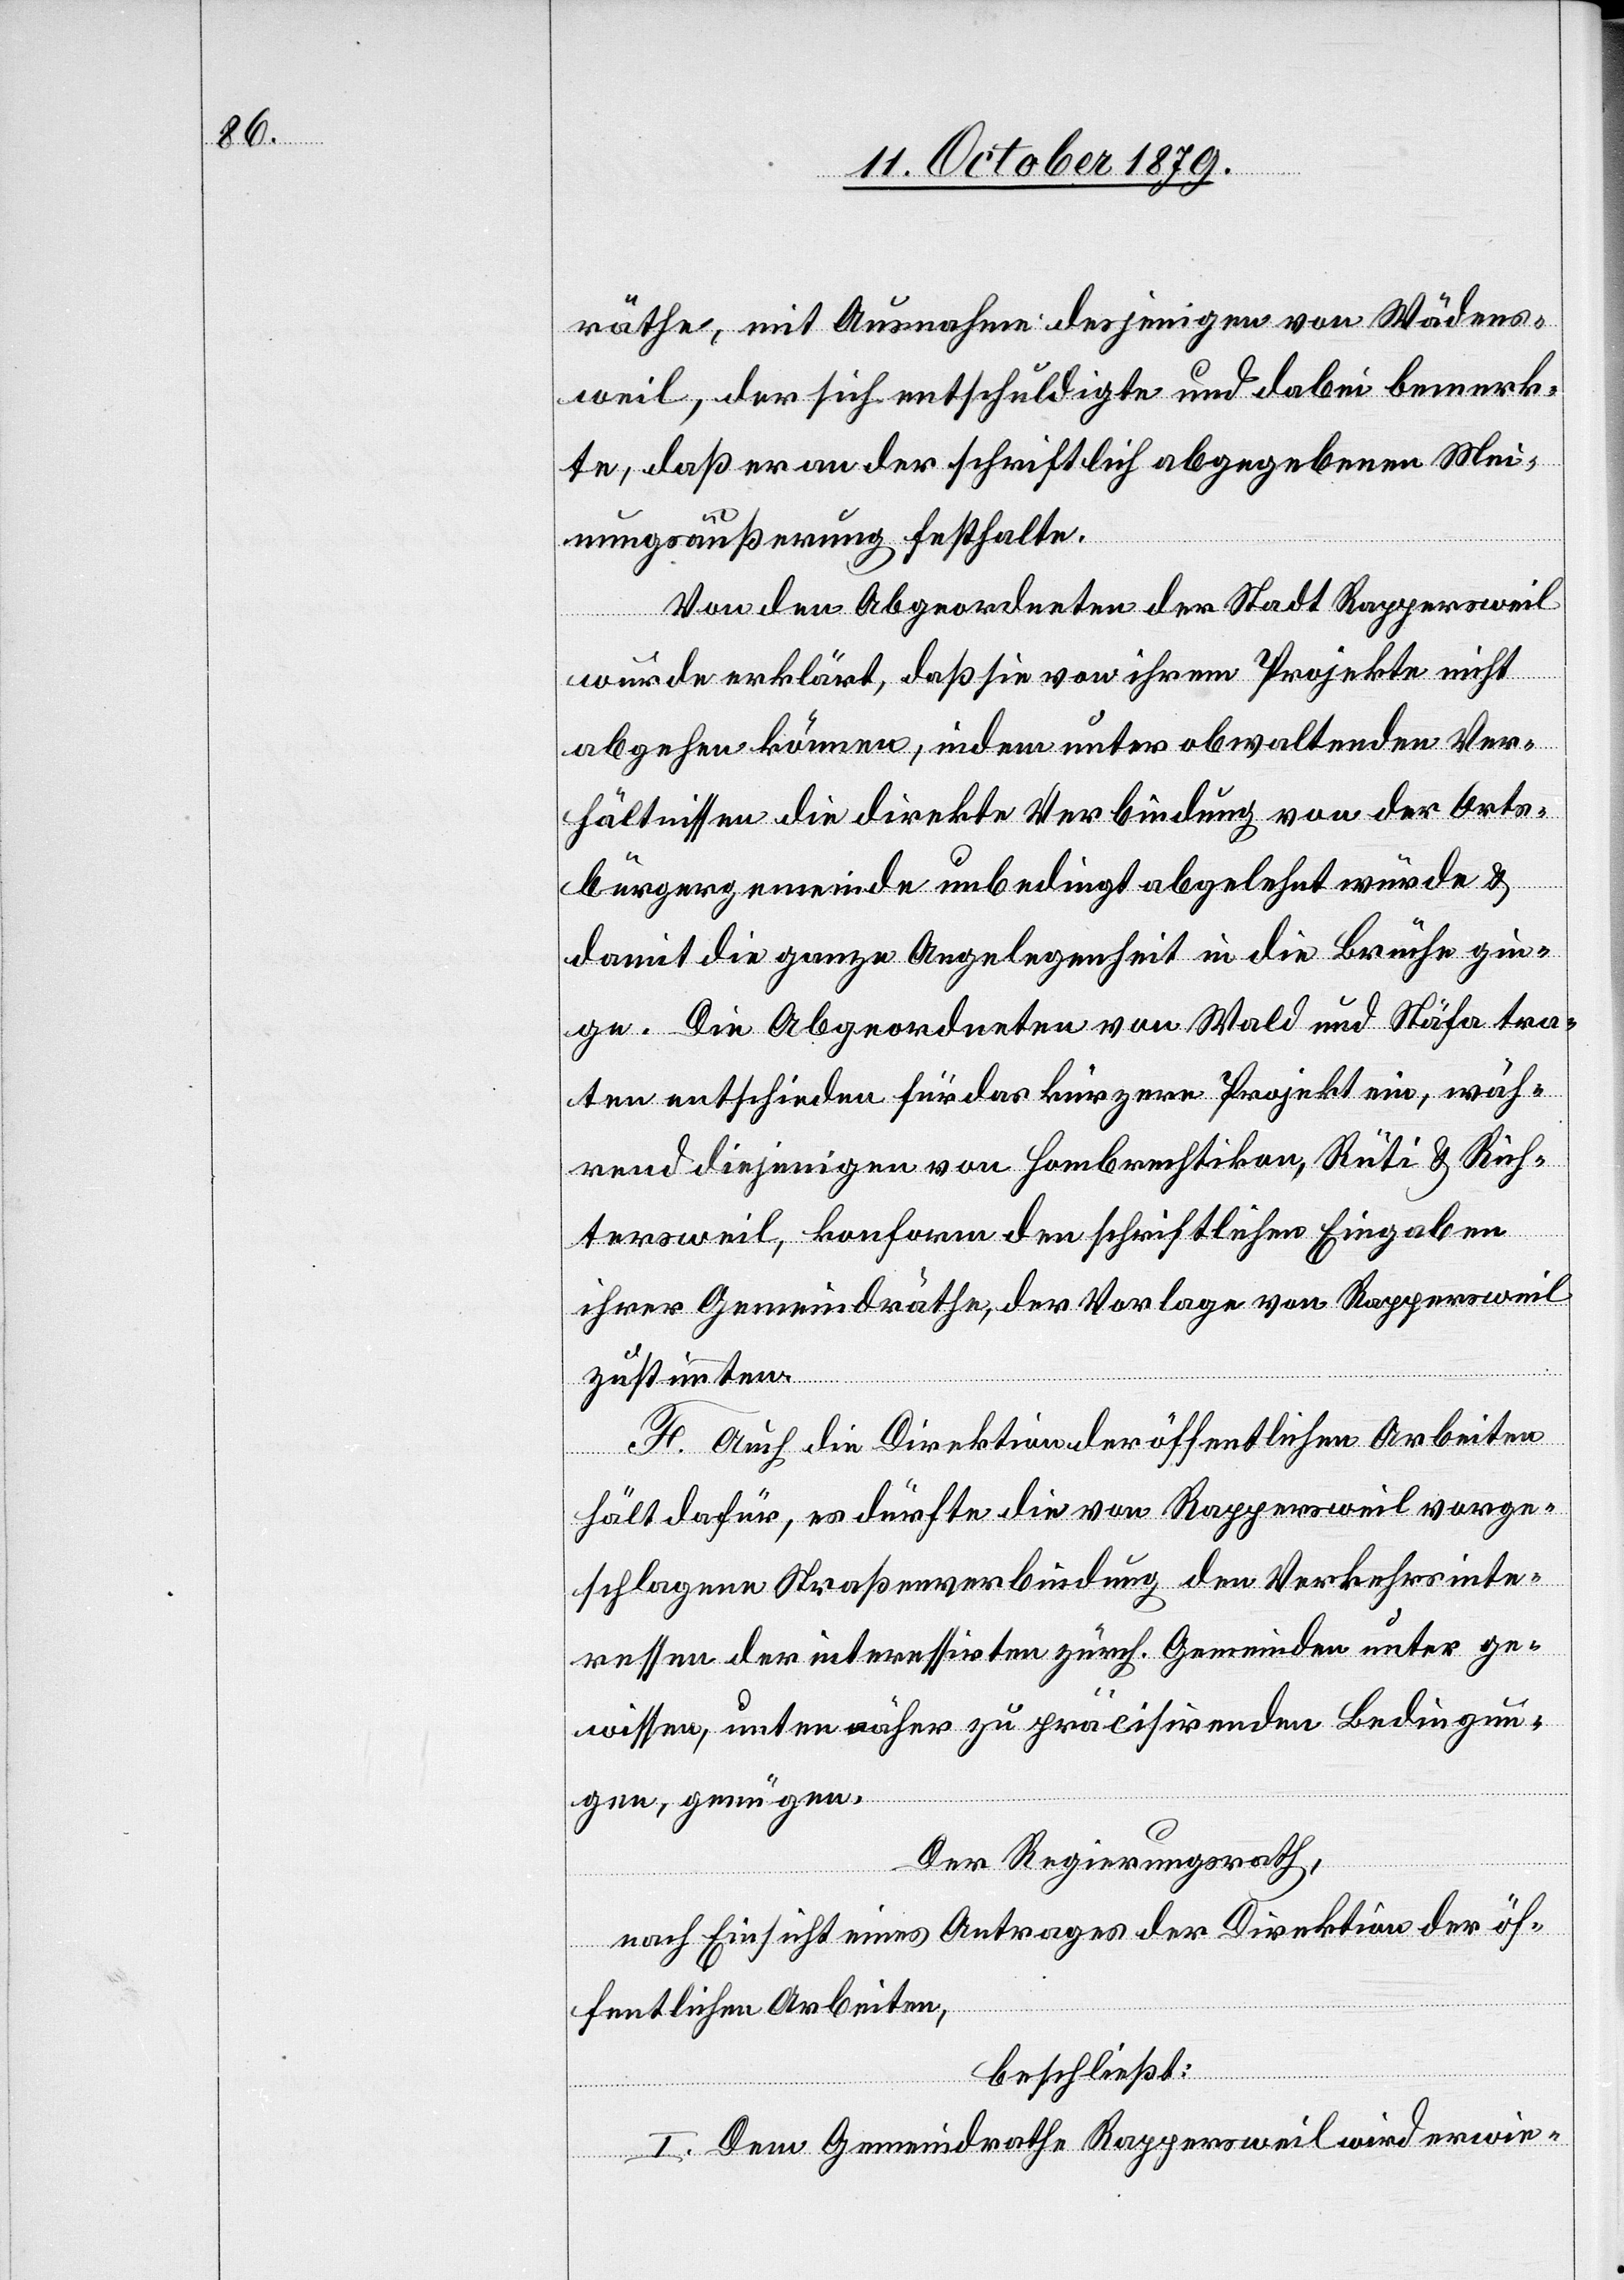
räthe, mit Ausnahmen desjenigen von Wädens¬
weil, der sich entschuldigte und dabei bemerk¬
te, daß er an der schriftlich abgegebenen Mei¬
nungsäußerung festhalte.
Von den Abgeordneten der Stadt Rappersweil
wurde erklärt, daß sie von ihrem Projekte nicht
abgehen können, indem unter obwaltenden Ver¬
hältnissen die direkte Verbindung von der Orts¬
bürgergemeinde unbedingt abgelehnt würde &
damit die ganze Angelegenheit in die Brüche gin¬
ge. Die Abgeordneten von Wald und Stäfa tra¬
ten entschieden für das kürzere Projekt ein, wäh¬
rend diejenigen von Hombrechtikon, Rüti & Rich¬
tersweil konform den schriftlichen Eingaben
ihrer Gemeindräthe, der Vorlage von Rappersweil
zustimmten.
F. Auch die Direktion der öffentlichen Arbeiten
hält dafür, es dürfte die von Rappersweil vorge¬
schlagene Straßenverbindung den Verkehrsinte¬
ressen der interessirten zürch. Gemeinden unter ge¬
wissen, unten näher zu präcisirenden Bedingun¬
gen, genügen.
Der Regierungsrath,
nach Einsicht eines Antrages der Direktion der öf¬
fentlichen Arbeiten,
beschließt:
I. Dem Gemeindrathe Rappersweil wird erwie-